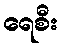
ရေစီး